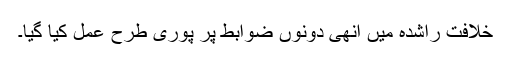
خلافت راشدہ میں انھی دونوں ضوابط پر پوری طرح عمل کیا گیا۔